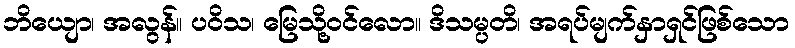
ဘိယျော၊ အလွန်။ ပဝိသ၊ မြေသို့ဝင်လော။ ဒိသမ္ပတိ၊ အရပ်မျက်နှာရှင်ဖြစ်သော